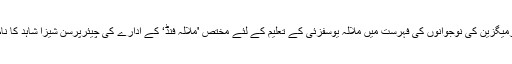
گزشتہ برس فوربزمیگزین کی نوجوانوں کی فہرست میں ملالہ یوسفزئی کے تعلیم کے لئے مختص 'ملالہ فنڈ‘ کے ادارے کی چیئرپرسن شیزا شاہد کا نام شامل کیا گیا تھا۔